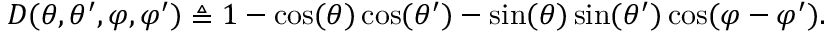
D ( \theta , \theta ^ { \prime } , \varphi , \varphi ^ { \prime } ) \triangleq 1 - \cos ( \theta ) \cos ( \theta ^ { \prime } ) - \sin ( \theta ) \sin ( \theta ^ { \prime } ) \cos ( \varphi - \varphi ^ { \prime } ) .